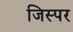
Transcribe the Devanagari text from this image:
जिस्पर